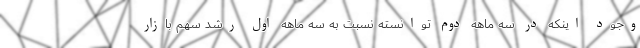
وجود اینکه در سه ماهه دوم توانسته نسبت به سه ماهه اول رشد سهم بازار